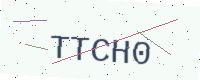
Text: TTCH0